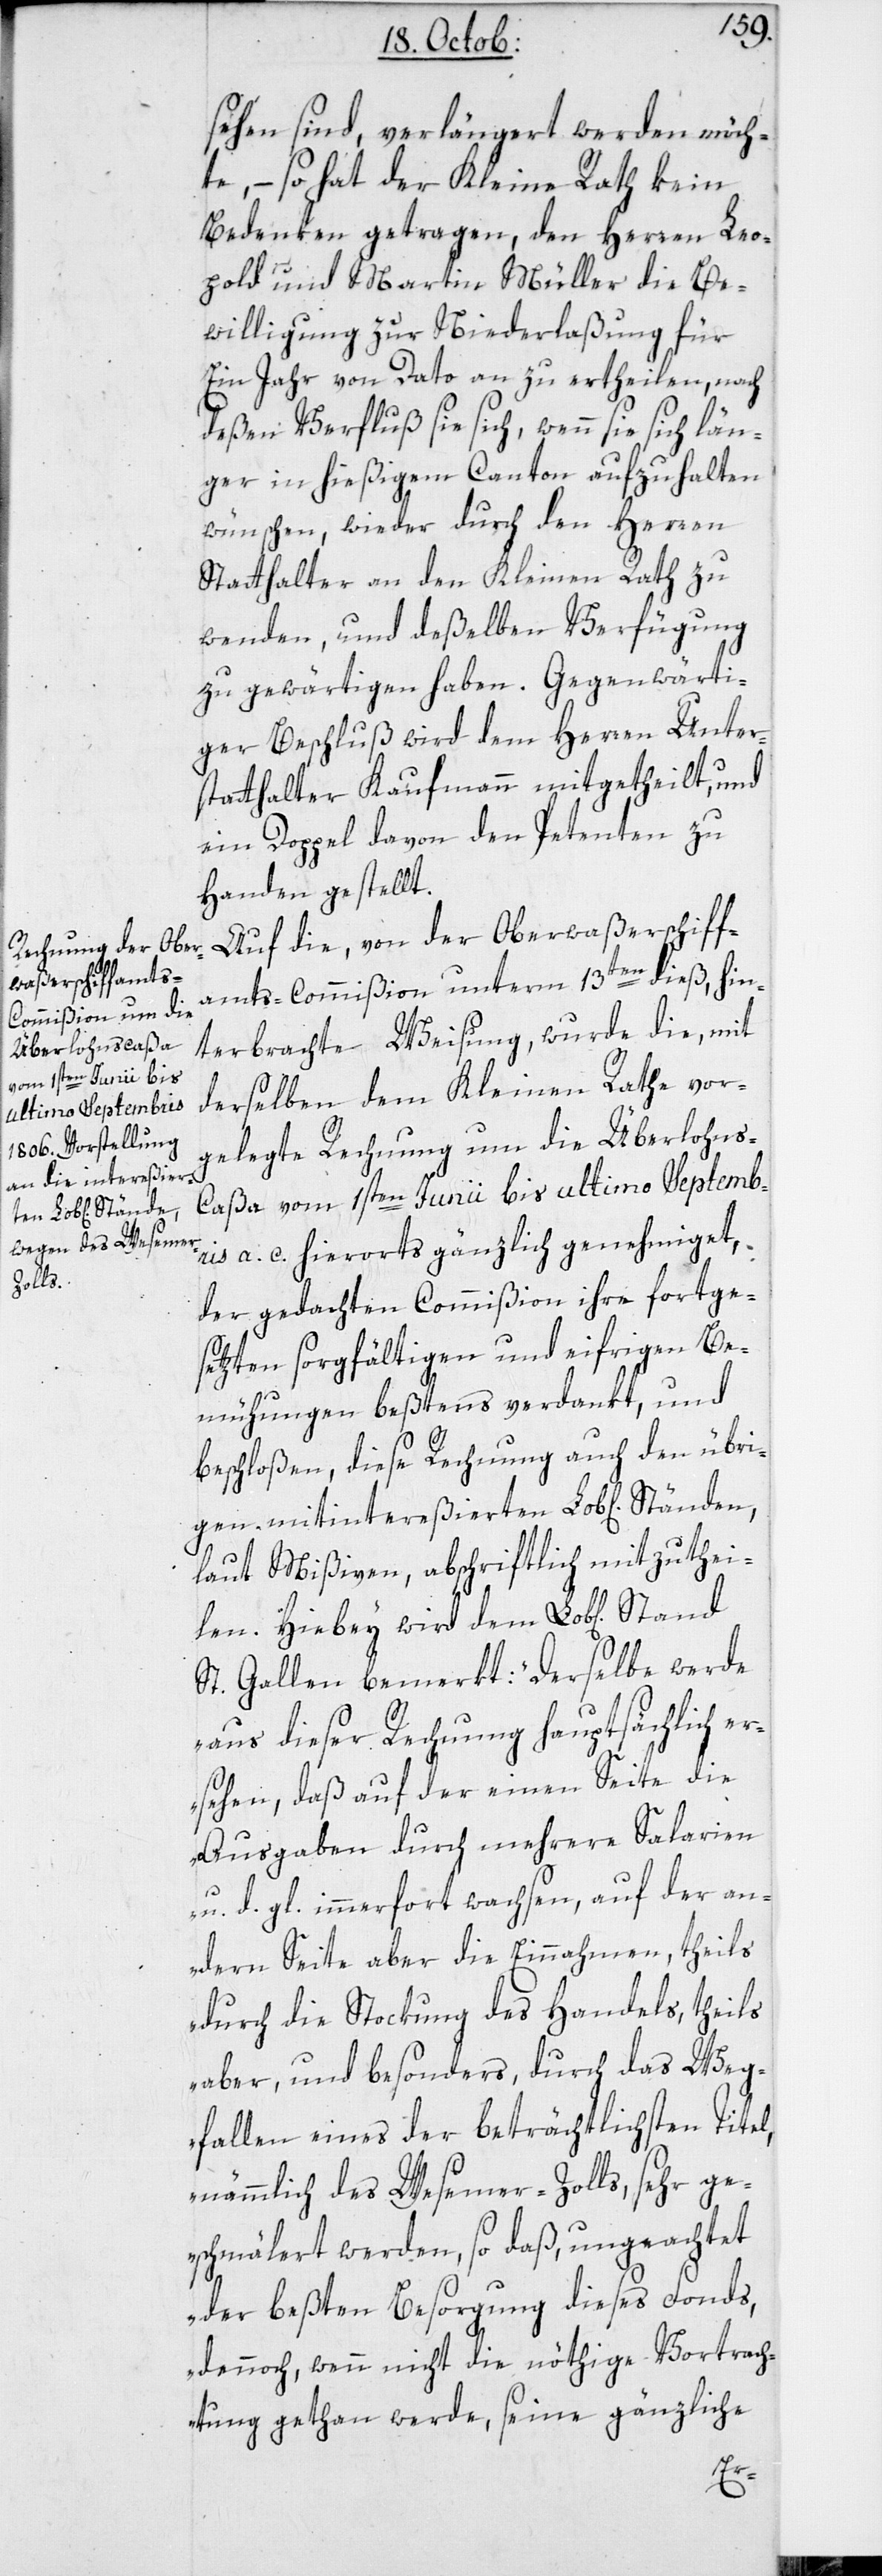
sehen sind, verlängert
werden möch¬
te, – so hat der Kleine Rath kein
Bedenken getragen, den Herren Leo¬
pold und Martin Müller die Be¬
willigung zur Niederlaßung für
Ein Jahr von dato an zu ertheilen, nach
deßen Verfluß sie sich, wenn sie sich län¬
ger in hießigem Canton aufzuhalten
wünschen, wieder durch den Herren
Stadthalter an den Kleinen Rath zu
wenden, und deßelben Verfügung
zu gewärtigen haben. Gegenwärti¬
ger Beschluß wird dem Herren Unter¬
statthalter Kaufmann mitgetheilt, und
ein Doppel davon den Petenten zu
Handen gestellt.
Auf die von der Oberwaßerschiff¬
amts-Commißion unterm 13ten dieß hin¬
terbrachte Weisung, wurde die, mit
derselben dem Kleinen Rathe vor¬
gelegte Rechnung um die Überlohns¬
caßa vom 1sten Junii bis ultimo Septemb¬
ris a. c. hierorts gänzlich genehmiget,
der gedachten Commißion ihre fortge¬
sezten sorgfältigen und eifrigen Be¬
mühungen beßtens verdankt, und
beschloßen, diese Rechnung auch den übri¬
gen mitintereßierten Lobl[ichen]
laut Mißiven, abschiftlich mitzuthei¬
len. Hiebey wird dem Lobl[ichen]
St. Gallen bemerkt: „Derselbe werde
aus dieser Rechnung hauptsächlich e¬
rsehen, daß auf der einen Seite die
Ausgaben durch mehrere Salarien
u. d. gl. immerfort wachsen, auf der an¬
dern Seite aber die Einnahmen, theils
durch die Stockung des Handels, theils
aber, und besonders durch das Weg¬
fallen eines der beträchtlichsten Titel,
nämmlich des Wesemer-Zolls, sehr ge¬
schmälert werden, so daß ungeachtet
der beßten Besorgung dieses Fonds,
dennoch, wenn nicht die nöthige Vortrach¬
tung getan werde, seine gänzliche